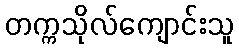
တက္ကသိုလ်ကျောင်းသူ